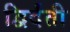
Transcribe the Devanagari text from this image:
द्विर्दंती